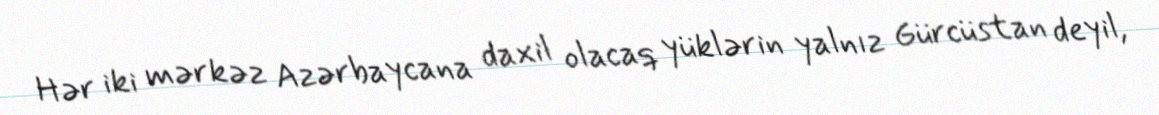
Hər iki mərkəz Azərbaycana daxil olacaq yüklərin yalnız Gürcüstan deyil,